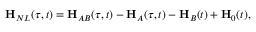
\mathbf { H } _ { N L } ( \tau , t ) = \mathbf { H } _ { A B } ( \tau , t ) - \mathbf { H } _ { A } ( \tau , t ) - \mathbf { H } _ { B } ( t ) + \mathbf { H } _ { 0 } ( t ) ,